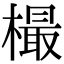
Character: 樶